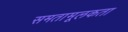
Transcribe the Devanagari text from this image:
समतामूलकता